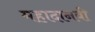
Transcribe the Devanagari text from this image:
महादानवी